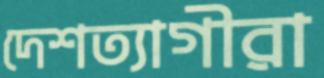
দেশত্যাগীরা